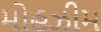
મોહઝીમ